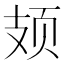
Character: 𫠆